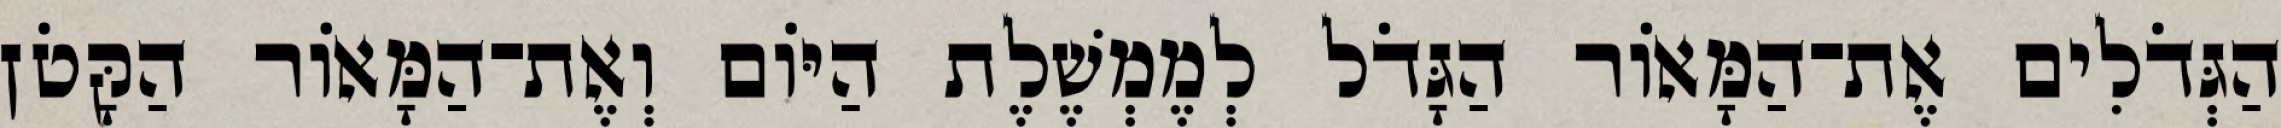
הַגְּדֹלִים אֶת־הַמָּאֹור הַגָּדֹל לְמֶמְשֶׁלֶת הַיֹּום וְאֶת־הַמָּאֹור הַקָּטֹן